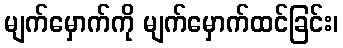
မျက်မှောက်ကို မျက်မှောက်ထင်ခြင်း၊